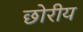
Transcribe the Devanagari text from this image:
छोरीय